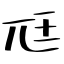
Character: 尫